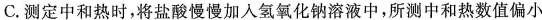
C.测定中和热时，将盐酸慢慢加入氢氧化钠溶液中，所测中和热数值偏小